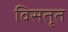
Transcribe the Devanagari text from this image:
विसतृत